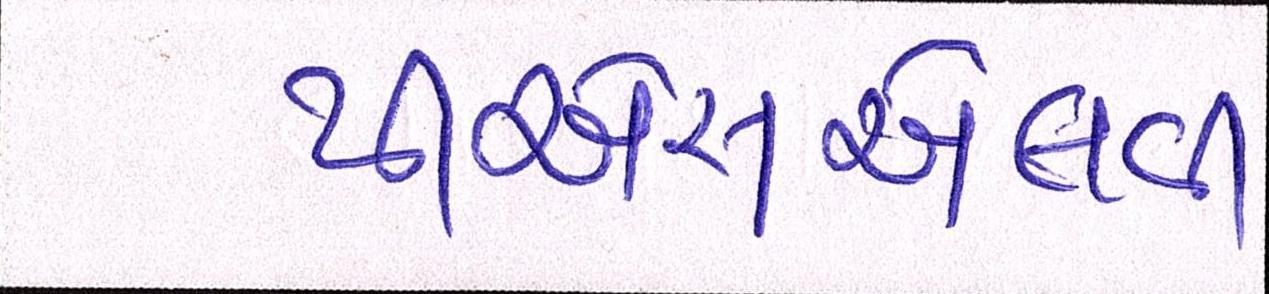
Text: પીએસએલવી